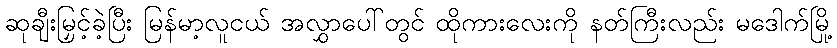
ဆုချီးမြှင့်ခဲ့ပြီး မြန်မာ့လူငယ် အလွှာပေါ်တွင် ထိုကားလေးကို နတ်ကြီးလည်း မဒေါက်မြို့